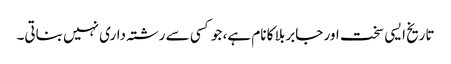
تاریخ ایسی سخت اور جابر بلا کا نام ہے، جو کسی سے رشتہ داری نہیں بناتی۔